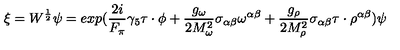
\xi = W ^ { \frac { 1 } { 2 } } \psi = e x p ( \frac { 2 i } { F _ { \pi } } \gamma _ { 5 } \mathrm { \boldmath \tau } \cdot \mathrm { \boldmath \phi } + \frac { g _ { \omega } } { 2 M _ { \omega } ^ { 2 } } \sigma _ { \alpha \beta } \omega ^ { \alpha \beta } + \frac { g _ { \rho } } { 2 M _ { \rho } ^ { 2 } } \sigma _ { \alpha \beta } \mathrm { \boldmath \tau } \cdot \mathrm { \boldmath \rho } ^ { \alpha \beta } ) \psi